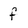
Character: f